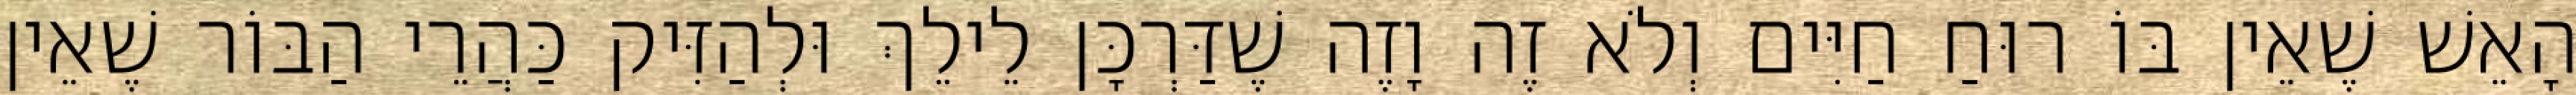
הָאֵשׁ שֶׁאֵין בּוֹ רוּחַ חַיִּים וְלֹא זֶה וָזֶה שֶׁדַּרְכָּן לֵילֵךְ וּלְהַזִּיק כַּהֲרֵי הַבּוֹר שֶׁאֵין